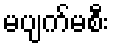
မပျက်မစီး